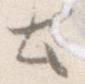
と